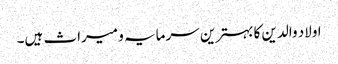
اولاد والدین کا بہترین سرمایہ و میراث ہیں۔